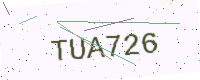
Text: TUA726